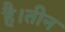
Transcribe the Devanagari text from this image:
है।तीन